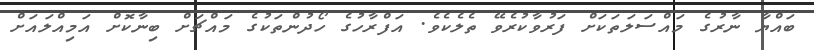
ބައްޔާ ނާރުގެ މައްސަލަތަކަށް ފަރުވާކުރެވޭ ތެލެކެވެ. އަފްރާހުގެ ހޯދުންތަކުގެ މައްޗަށް ބިނާކޮށް އަމިއްލައަށް